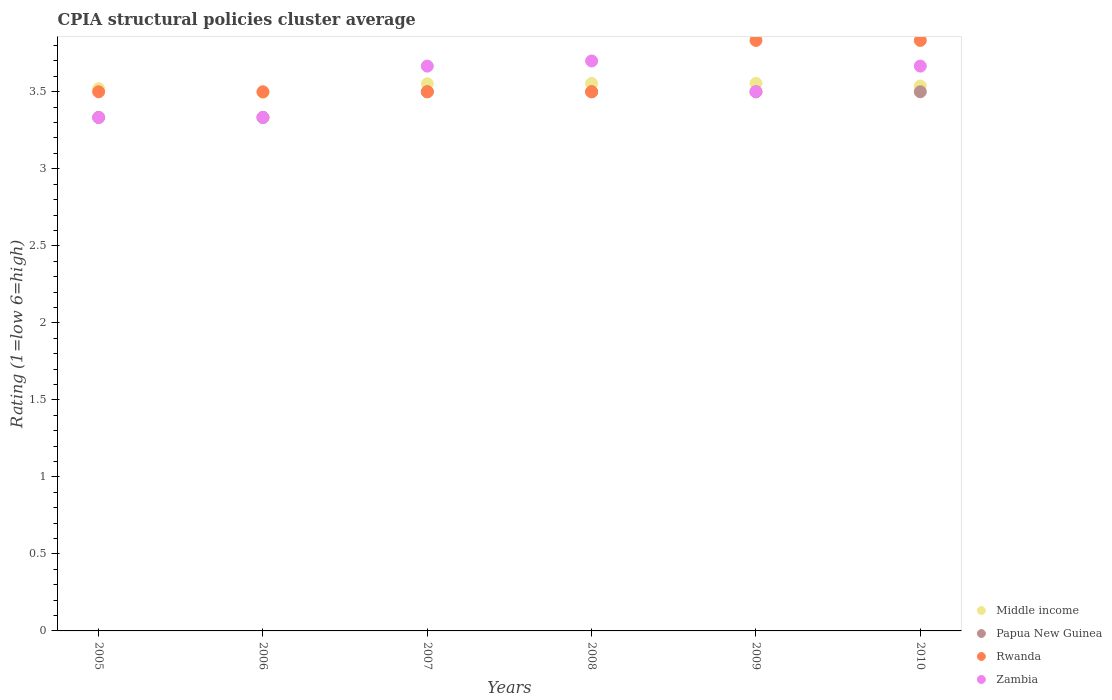
| Years | Middle income | Papua New Guinea | Rwanda | Zambia |
 | --- | --- | --- | --- | --- |
 | 2005 | 3.52 | 3.33 | 3.5 | 3.33 |
 | 2006 | 3.5 | 3.33 | 3.5 | 3.33 |
 | 2007 | 3.55 | 3.5 | 3.5 | 3.67 |
 | 2008 | 3.55 | 3.5 | 3.5 | 3.7 |
 | 2009 | 3.55 | 3.5 | 3.83 | 3.5 |
 | 2010 | 3.54 | 3.5 | 3.83 | 3.67 |